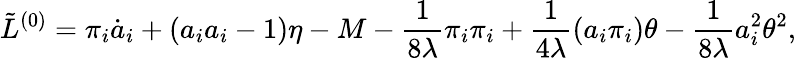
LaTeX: \tilde{L}^{(0)}=\pi_{i}\dot{a}_{i}+(a_{i}a_{i}-1){\eta}-M-\frac{1}{8\lambda}\pi_{i}\pi_{i}+\frac{1}{4\lambda}(a_{i}\pi_{i})\theta-\frac{1}{8\lambda}a_{i}^{2}\theta^{2},